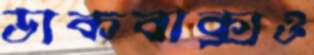
ডাকবাক্সও